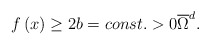
\begin{align*}f\left( x\right) \geq 2b=const.>0\overline{\Omega }^{d}.\end{align*}